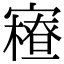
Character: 𡫝